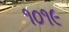
૧૦૧૯